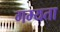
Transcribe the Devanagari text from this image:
गम्यता